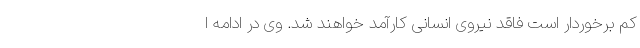
کم برخوردار است فاقد نیروی انسانی کارآمد خواهند شد. وی در ادامه ا